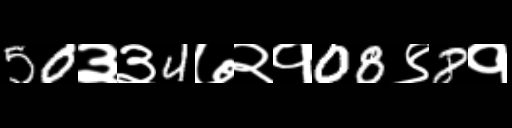
Text: 50३३4७२१08९8१